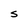
Character: S